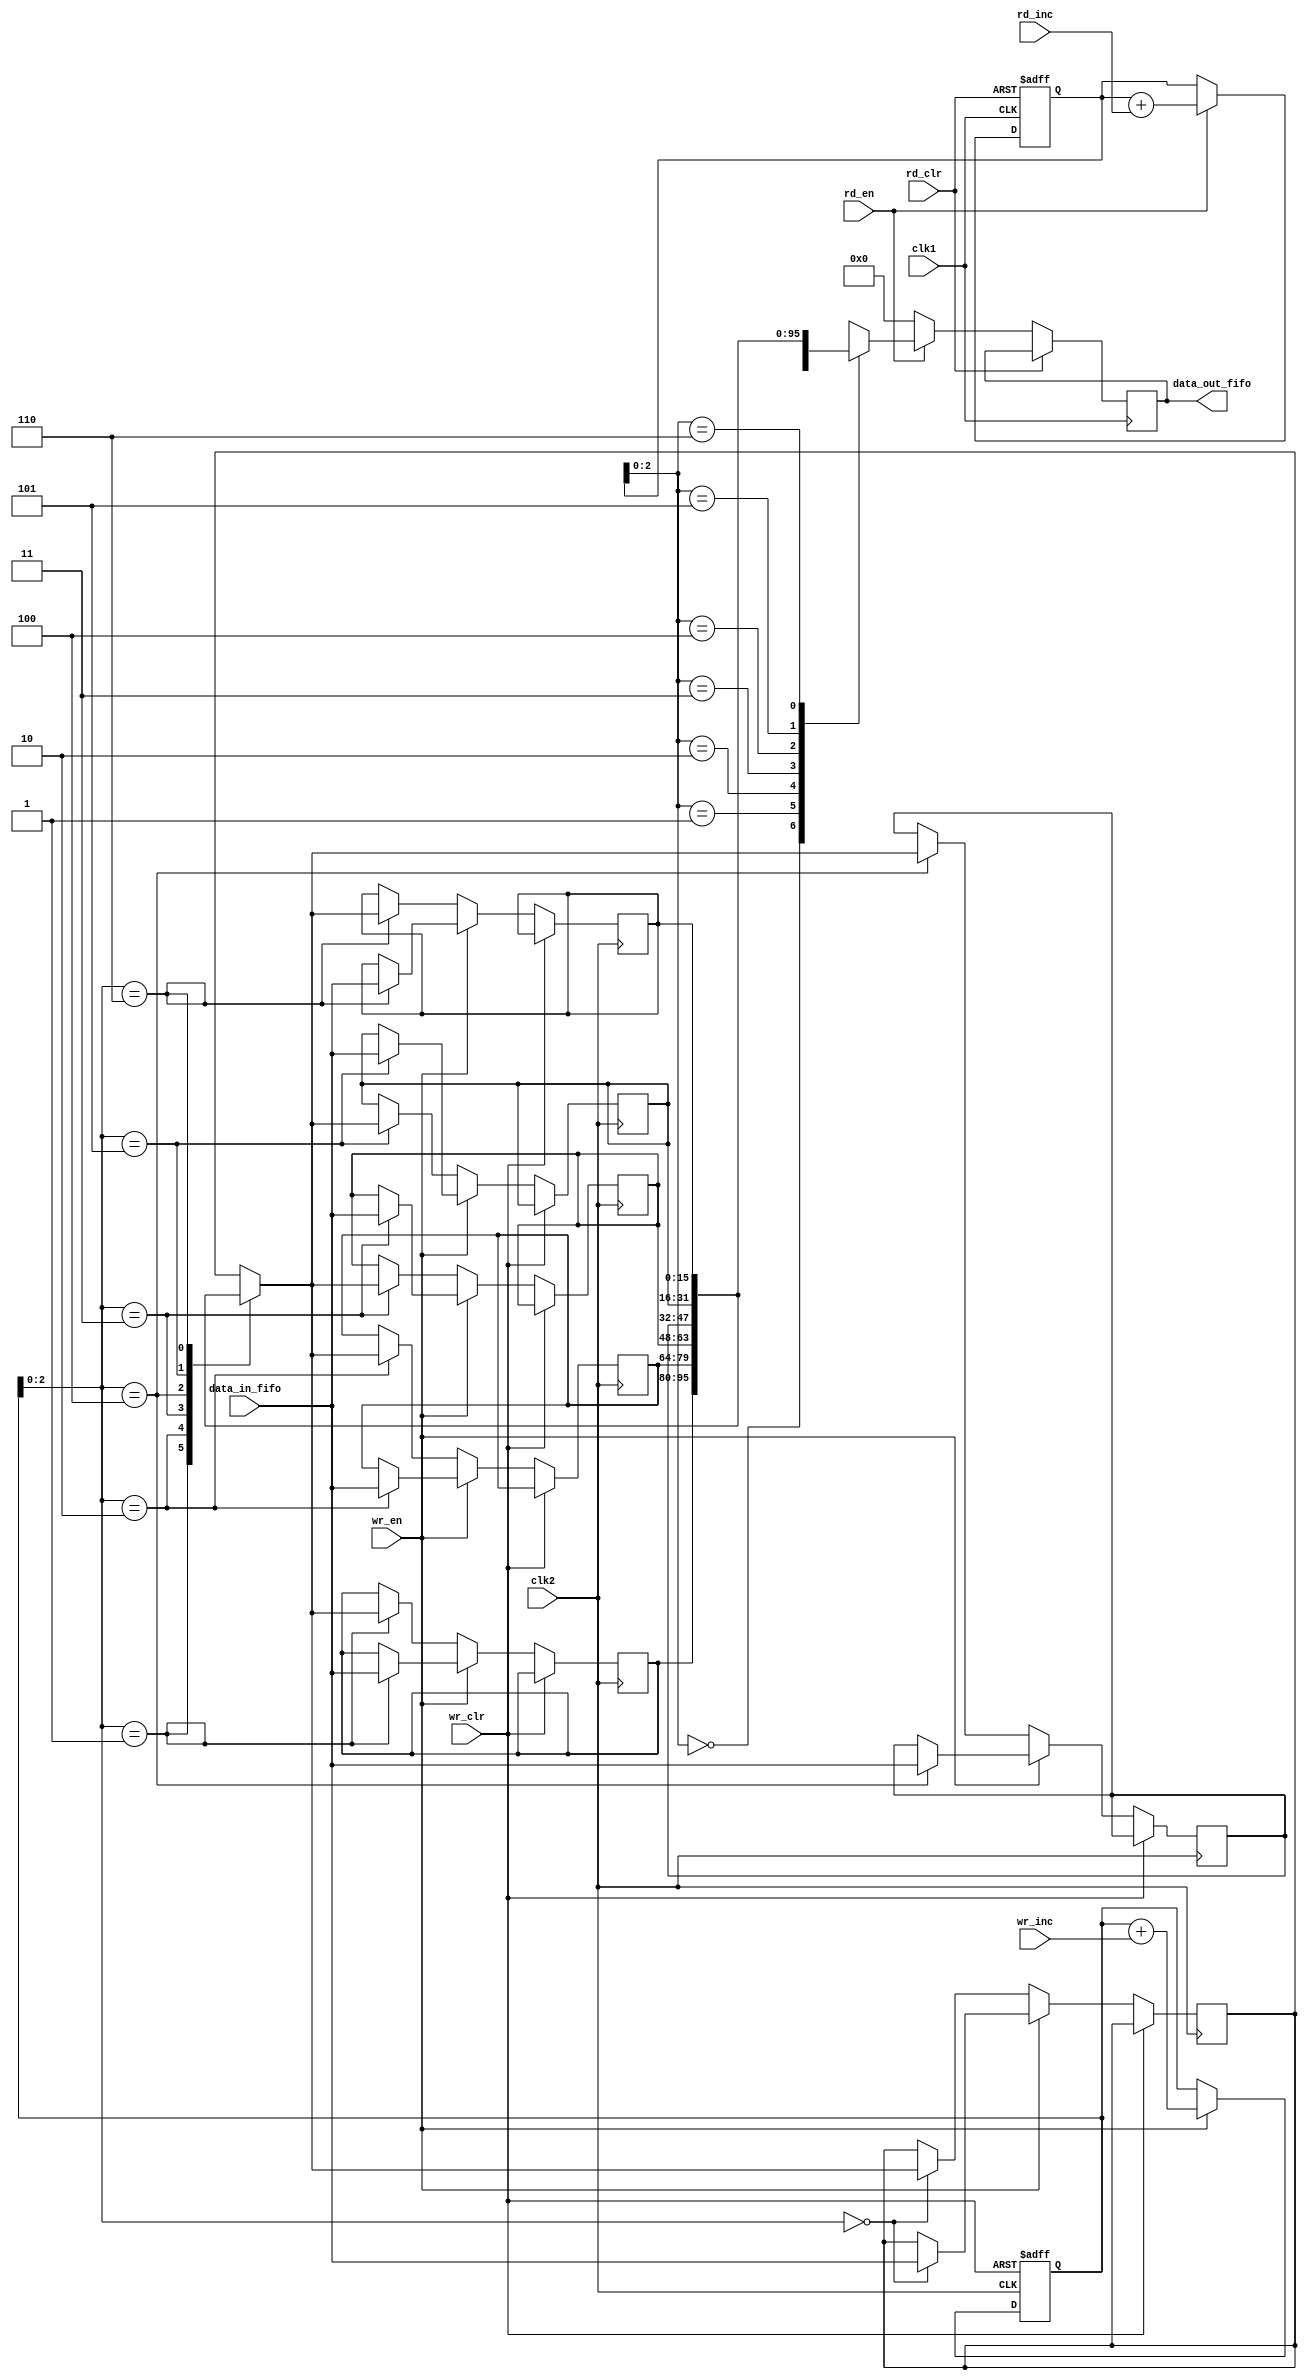
`timescale 1 ns/10 ps
module FIFO_ASYNCH #(parameter DATA_WIDTH = 16, FIFO_SIZE = 7, ADD_WIDTH = 3) (
		clk1  ,
		clk2  ,
		rd_clr,
		wr_clr,
		rd_inc,
		wr_inc,
		wr_en ,
		rd_en ,
		data_in_fifo ,
		data_out_fifo,
		);

   input clk1  ;  
   input clk2  ; 
   input rd_clr;         
   input wr_clr;
   input rd_inc;
   input wr_inc;
   input wr_en ;
   input rd_en ;
   input  [DATA_WIDTH-1:0] data_in_fifo ;
   output [DATA_WIDTH-1:0] data_out_fifo;

//=======================================================
//      INTERNAL DECLARATIONS
//=======================================================

   reg [DATA_WIDTH-1:0] fifo_data [FIFO_SIZE-1:0];
   reg [12:0] rd_ptr                  ;
   reg [12:0] wr_ptr                  ;
   reg [DATA_WIDTH-1:0] data_read               ;
   reg reg_re;
   reg reg_we;

	 always @(*) begin
	 		reg_re = rd_en;
			reg_we = wr_en;
	 end

	 always @(posedge clk1 or posedge rd_clr) begin
	 	 if(rd_clr) begin
		 		rd_ptr <= 0;
		 end
		 else if(reg_re) begin
		 		data_read <= fifo_data[rd_ptr];
				rd_ptr    <= rd_ptr + rd_inc   ;
		end
		else begin 
				data_read <= 0;
		end
	end
	always @(posedge clk2 or posedge wr_clr) begin
			if(wr_clr) begin
			  wr_ptr <= 0;
			end
			else if(reg_we) begin
				fifo_data[wr_ptr] <= data_in_fifo   ;
				wr_ptr            <= wr_ptr + wr_inc;
			end
			else begin
				fifo_data[wr_ptr] <= fifo_data[wr_ptr];
			end
	end

	assign data_out_fifo = data_read;
endmodule